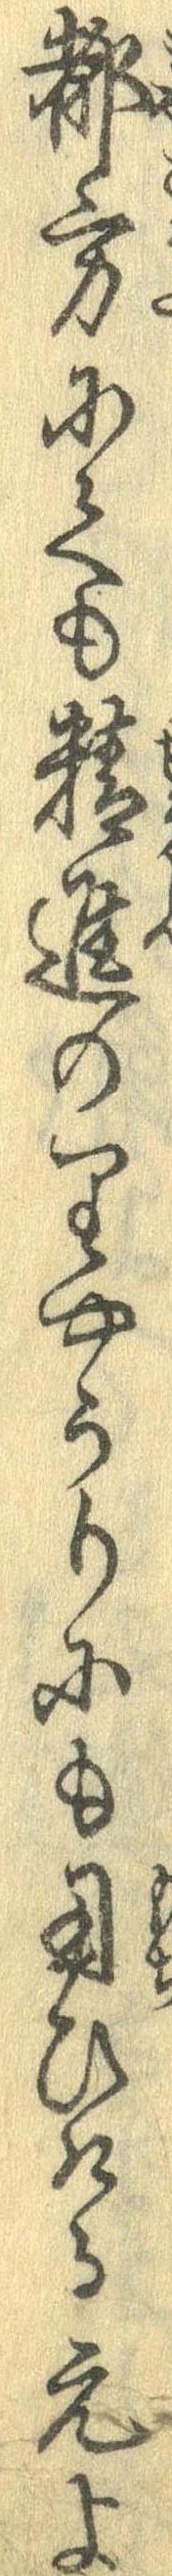
都方にても精進のりやうりにも用ひたる元よ